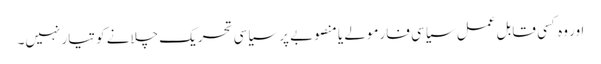
اور وہ کسی قابل عمل سیاسی فارمولے یا منصوبے پر سیاسی تحریک چلانے کو تیار نہیں۔